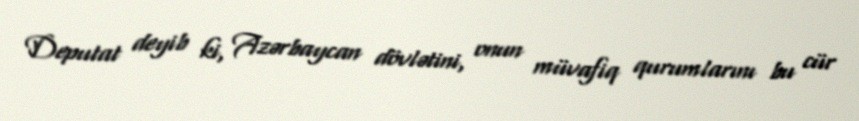
Deputat deyib ki, Azərbaycan dövlətini, onun müvafiq qurumlarını bu cür